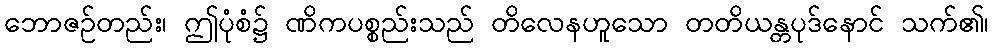
ဘောဇဉ်တည်း၊ ဤပုံစံ၌ ဏိကပစ္စည်းသည် တိလေနဟူသော တတိယန္တပုဒ်နောင် သက်၏၊